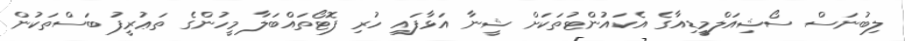
ލިބުނަސް ސޯޝިއަލްމީޑިއާގެ އެކައުންޓުތަކަށް ޝީނާ އަޅާފައި ހުރި ފޮޓޯތައްބަލާ މީހުންގެ ތަޢުރީފު ބަސްތަކުން